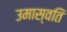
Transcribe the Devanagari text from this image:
उमास्वति